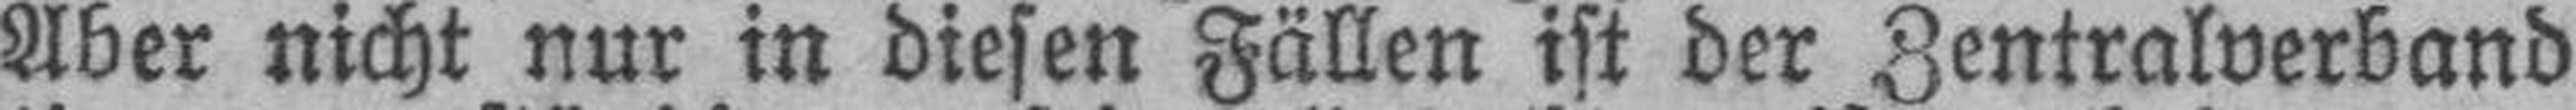
Aber nicht nur in diesen Fällen ist der Zentralverband